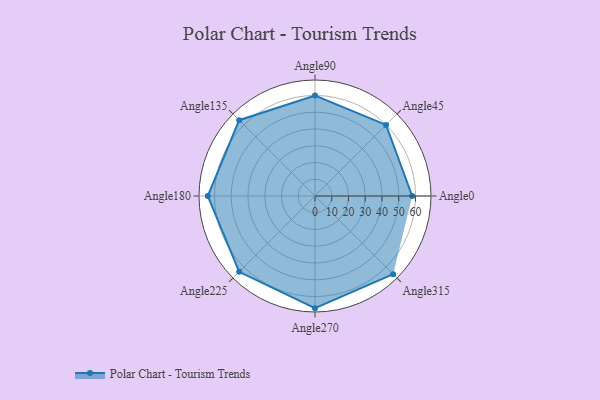
{"axis": {"x": "Angle", "y": "Radius"}, "legend": [""], "data": [{"x": "Angle0", "y": 58.0, "type": ""}, {"x": "Angle45", "y": 60.0, "type": ""}, {"x": "Angle90", "y": 60.0, "type": ""}, {"x": "Angle135", "y": 64.0, "type": ""}, {"x": "Angle180", "y": 64.0, "type": ""}, {"x": "Angle225", "y": 64.0, "type": ""}, {"x": "Angle270", "y": 67.0, "type": ""}, {"x": "Angle315", "y": 66.0, "type": ""}]}